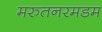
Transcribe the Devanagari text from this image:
मरुतनरमडम